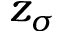
z _ { \sigma }